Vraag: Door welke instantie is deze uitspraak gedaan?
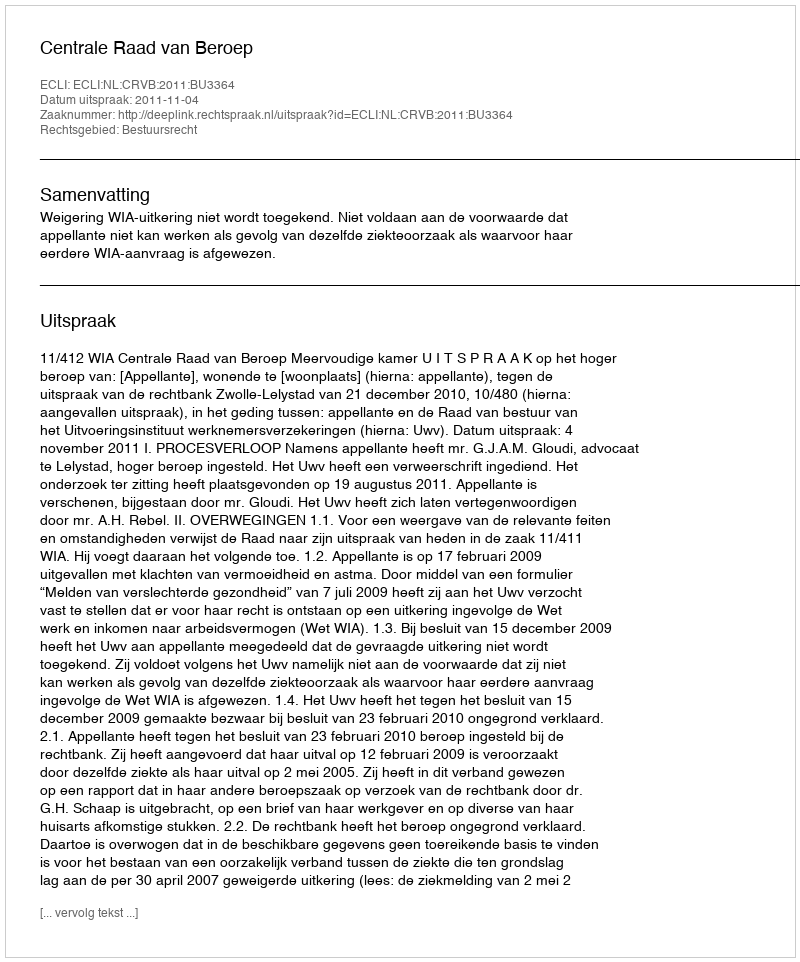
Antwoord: Centrale Raad van Beroep